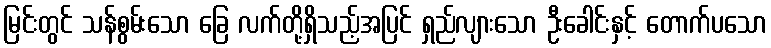
မြင်းတွင် သန်စွမ်းသော ခြေ လက်တို့ရှိသည့်အပြင် ရှည်လျားသော ဦးခေါင်းနှင့် တောက်ပသော